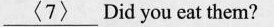
\underline{<7>}Did you eat them?